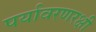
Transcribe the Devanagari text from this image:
पर्यावरणरक्षी